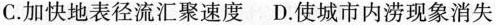
C.加快地表径流汇聚速度D.使城市内涝现象消失